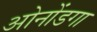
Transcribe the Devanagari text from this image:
ओनोंडगा